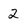
Character: 2